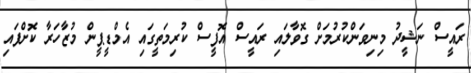
ރައީސް ނަޝީދު މިނިވަންކުރުމަށް ގޮވާލައި ރައީސް އޮފީސް ކުރިމަތީގައި އެމްޑީޕީން މުޒާހަރާ ކޮށްފައި